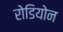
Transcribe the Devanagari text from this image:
रोडियोन